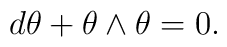
d \theta + \theta \wedge \theta = 0.